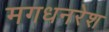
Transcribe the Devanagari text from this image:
मगधनरेश